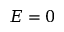
E = 0